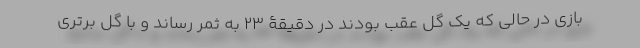
بازی در حالی که یک گل عقب بودند در دقیقۀ 23 به ثمر رساند و با گل برتری